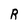
Character: R